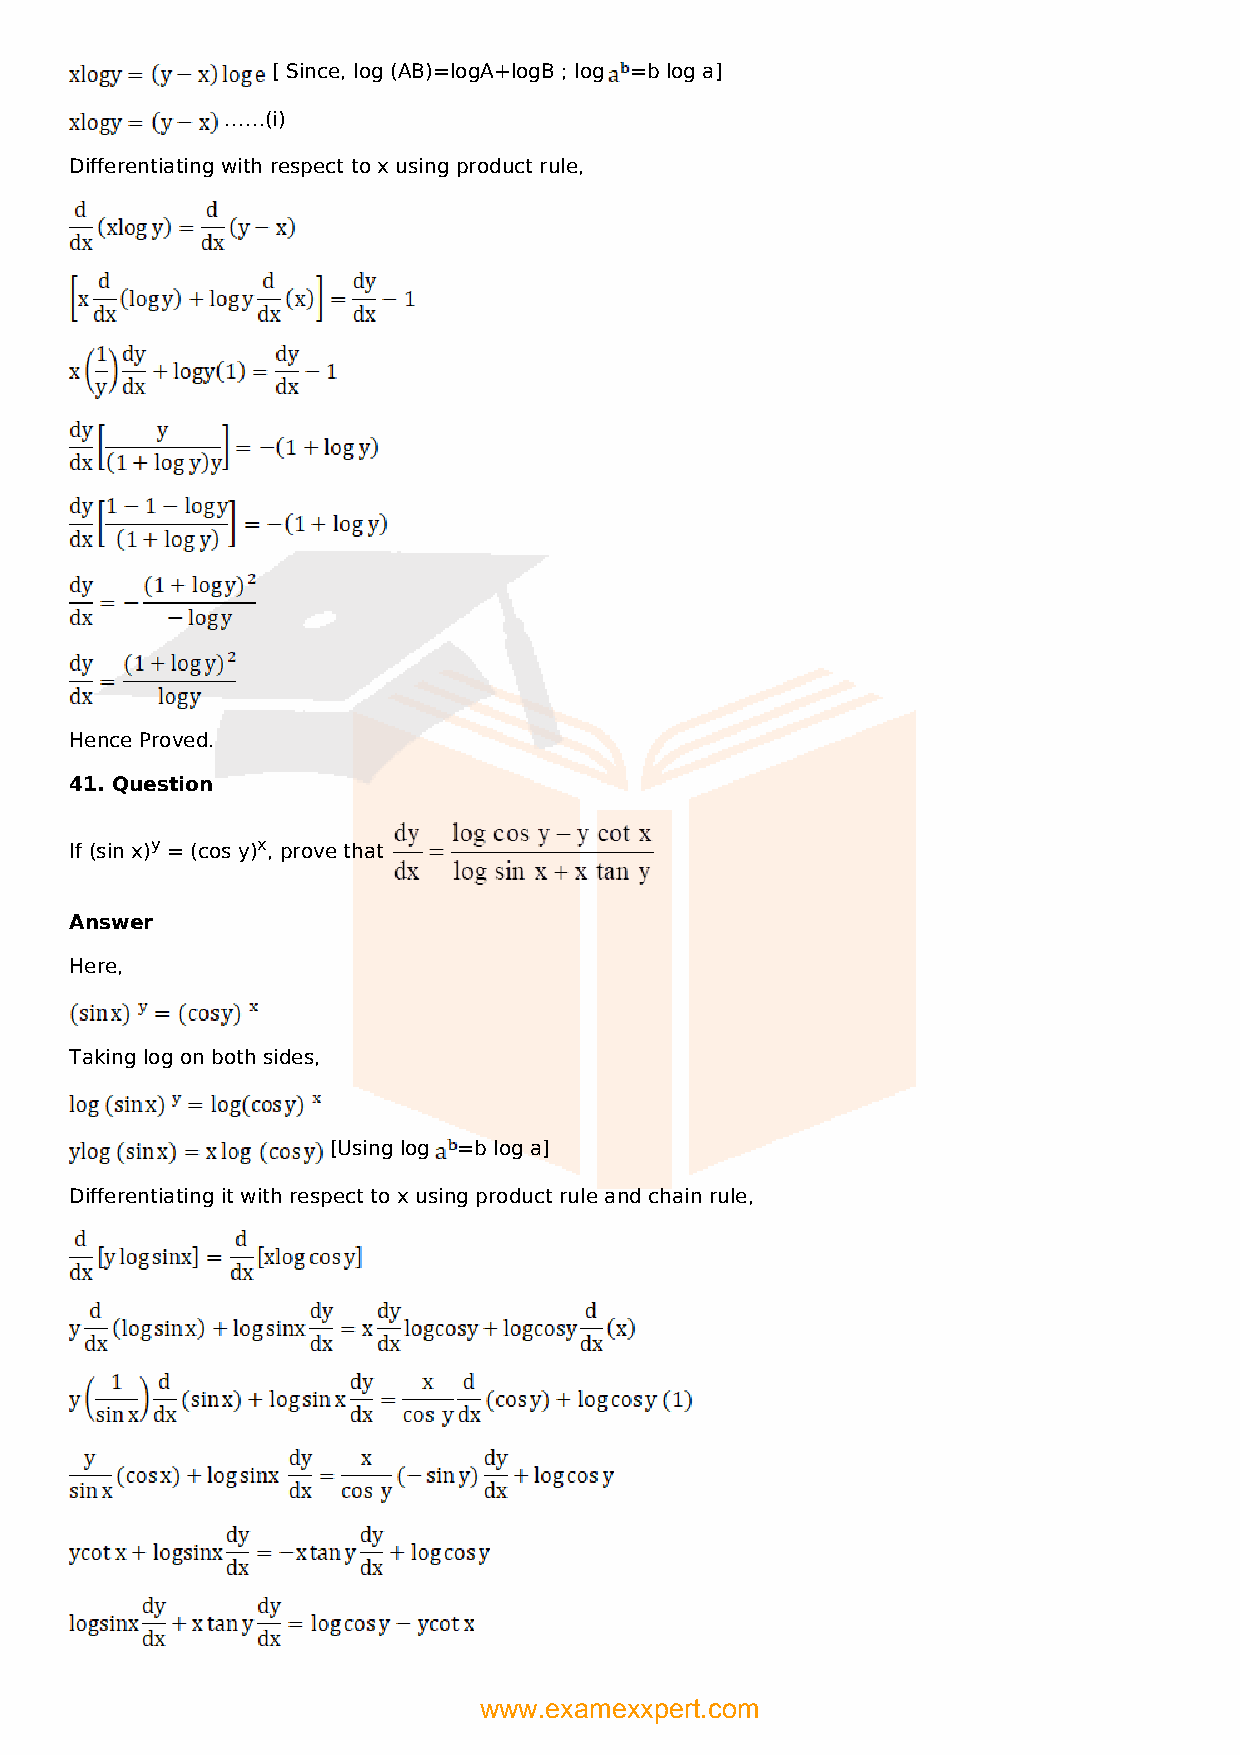
[ Since, log (AB)=logA+logB ; log =b log a]
 ……(i)
 Differentiating with respect to x using product rule,
 Hence Proved.
 41. Question
 If (sin x)y = (cos y)x, prove that
 Answer
 Here,
 Taking log on both sides,
 [Using log =b log a]
 Differentiating it with respect to x using product rule and chain rule,
 www.examexxpert.com